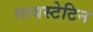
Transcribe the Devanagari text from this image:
नायस्टेटिन